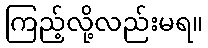
ကြည့်လို့လည်းမရ။